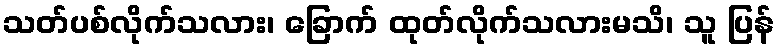
သတ်ပစ်လိုက်သလား၊ ခြောက် ထုတ်လိုက်သလားမသိ၊ သူ ပြန်